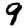
Digit: 9